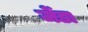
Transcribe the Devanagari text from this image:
जेंडा